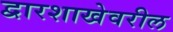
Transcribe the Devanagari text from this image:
द्वारशाखेवरील